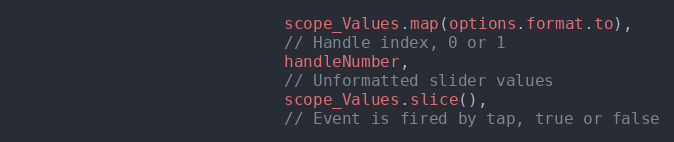
Language: JavaScript
                            scope_Values.map(options.format.to),
                            // Handle index, 0 or 1
                            handleNumber,
                            // Unformatted slider values
                            scope_Values.slice(),
                            // Event is fired by tap, true or false